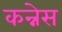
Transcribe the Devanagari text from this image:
कन्नेस